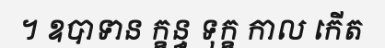
។ ឧបាទាន ក្ខន្ធ ទុក្ខ កាល កើត